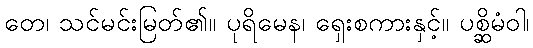
တေ၊ သင်မင်းမြတ်၏။ ပုရိမေန၊ ရှေးစကားနှင့်။ ပစ္ဆိမံဝါ၊